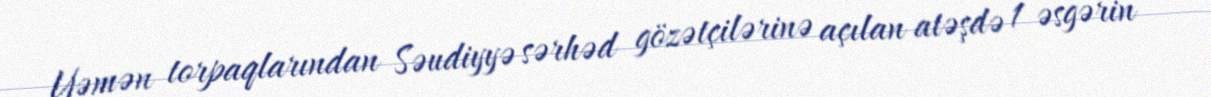
Yəmən torpaqlarından Səudiyyə sərhəd gözətçilərinə açılan atəşdə 1 əsgərin